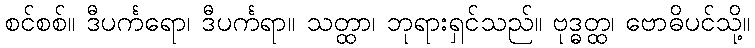
စင်စစ်။ ဒီပင်္ကရော၊ ဒီပင်္ကရာ။ သတ္ထာ၊ ဘုရားရှင်သည်။ ဗုဒ္ဓတ္ထ၊ ဗောဓိပင်သို့။